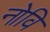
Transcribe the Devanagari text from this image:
नोवि